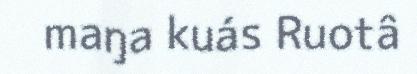
maŋa kuás Ruotâ